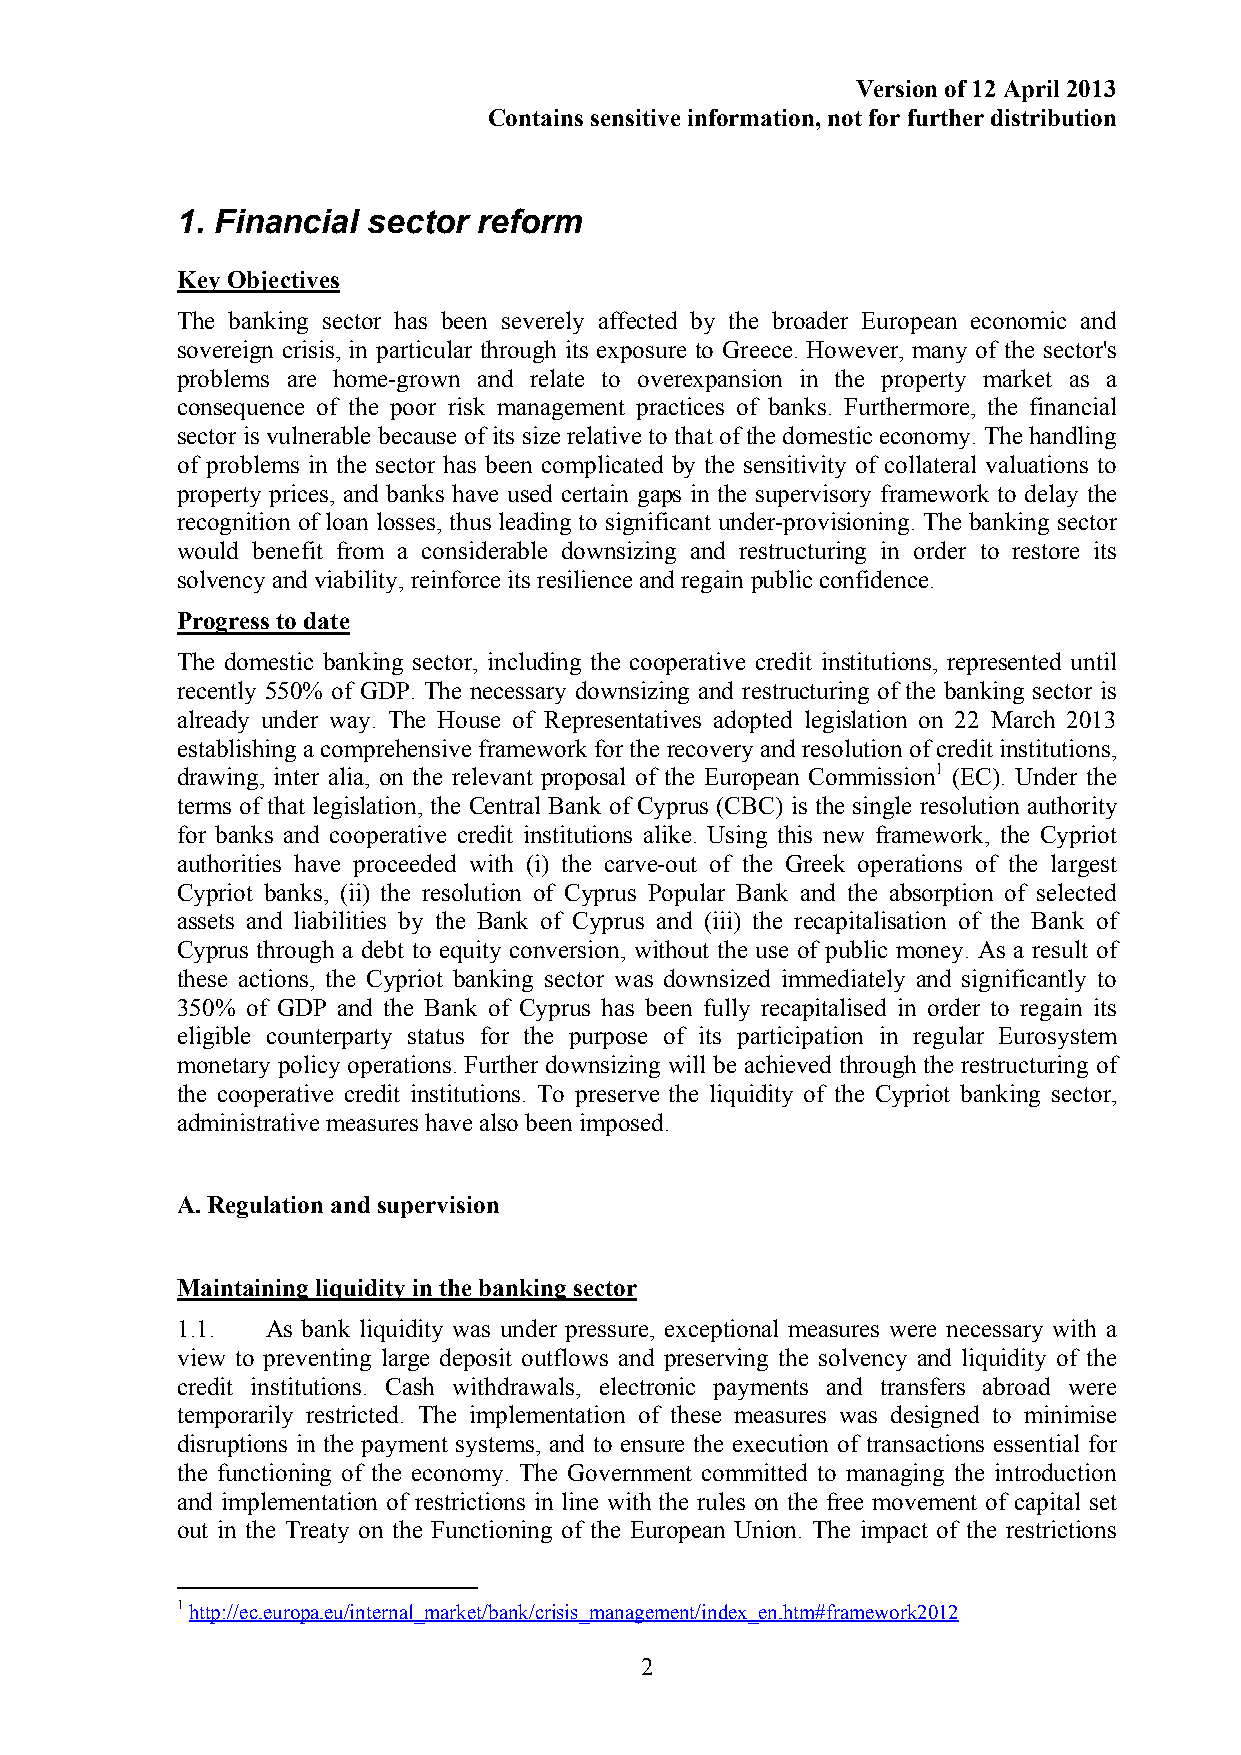
Version of 12 April 2013
 Contains sensitive information, not for further distribution
 1. Financial sector reform
 Key Objectives
 The banking sector has been severely affected by the broader European economic and
 sovereign crisis, in particular through its exposure to Greece. However, many of the sector's
 problems are home-grown and relate to overexpansion in the property market as a
 consequence of the poor risk management practices of banks. Furthermore, the financial
 sector is vulnerable because of its size relative to that of the domestic economy. The handling
 of problems in the sector has been complicated by the sensitivity of collateral valuations to
 property prices, and banks have used certain gaps in the supervisory framework to delay the
 recognition of loan losses, thus leading to significant under-provisioning. The banking sector
 would benefit from a considerable downsizing and restructuring in order to restore its
 solvency and viability, reinforce its resilience and regain public confidence.
 Progress to date
 The domestic banking sector, including the cooperative credit institutions, represented until
 recently 550% of GDP. The necessary downsizing and restructuring of the banking sector is
 already under way. The House of Representatives adopted legislation on 22 March 2013
 establishing a comprehensive framework for the recovery and resolution of credit institutions,
 drawing, inter alia, on the relevant proposal of the European Commission1 (EC). Under the
 terms of that legislation, the Central Bank of Cyprus (CBC) is the single resolution authority
 for banks and cooperative credit institutions alike. Using this new framework, the Cypriot
 authorities have proceeded with (i) the carve-out of the Greek operations of the largest
 Cypriot banks, (ii) the resolution of Cyprus Popular Bank and the absorption of selected
 assets and liabilities by the Bank of Cyprus and (iii) the recapitalisation of the Bank of
 Cyprus through a debt to equity conversion, without the use of public money. As a result of
 these actions, the Cypriot banking sector was downsized immediately and significantly to
 350% of GDP and the Bank of Cyprus has been fully recapitalised in order to regain its
 eligible counterparty status for the purpose of its participation in regular Eurosystem
 monetary policy operations. Further downsizing will be achieved through the restructuring of
 the cooperative credit institutions. To preserve the liquidity of the Cypriot banking sector,
 administrative measures have also been imposed.
 A. Regulation and supervision
 Maintaining liquidity in the banking sector
 1.1.  As bank liquidity was under pressure, exceptional measures were necessary with a
 view to preventing large deposit outflows and preserving the solvency and liquidity of the
 credit institutions. Cash withdrawals, electronic payments and transfers abroad were
 temporarily restricted. The implementation of these measures was designed to minimise
 disruptions in the payment systems, and to ensure the execution of transactions essential for
 the functioning of the economy. The Government committed to managing the introduction
 and implementation of restrictions in line with the rules on the free movement of capital set
 out in the Treaty on the Functioning of the European Union. The impact of the restrictions
 1 http://ec.europa.eu/internal_market/bank/crisis_management/index_en.htm#framework2012
 2